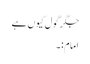
جگر گول کیوں ہے
امام:۔